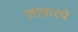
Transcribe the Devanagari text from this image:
ज़ाफ़रचे